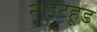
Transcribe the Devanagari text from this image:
नाईटहूड